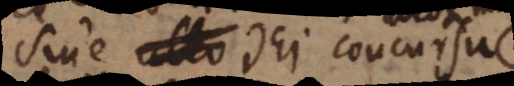
sine ullo Dei concursu;